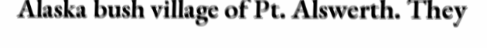
Alaska bush village of Pt. Alswerth. They